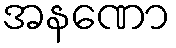
အနဏော